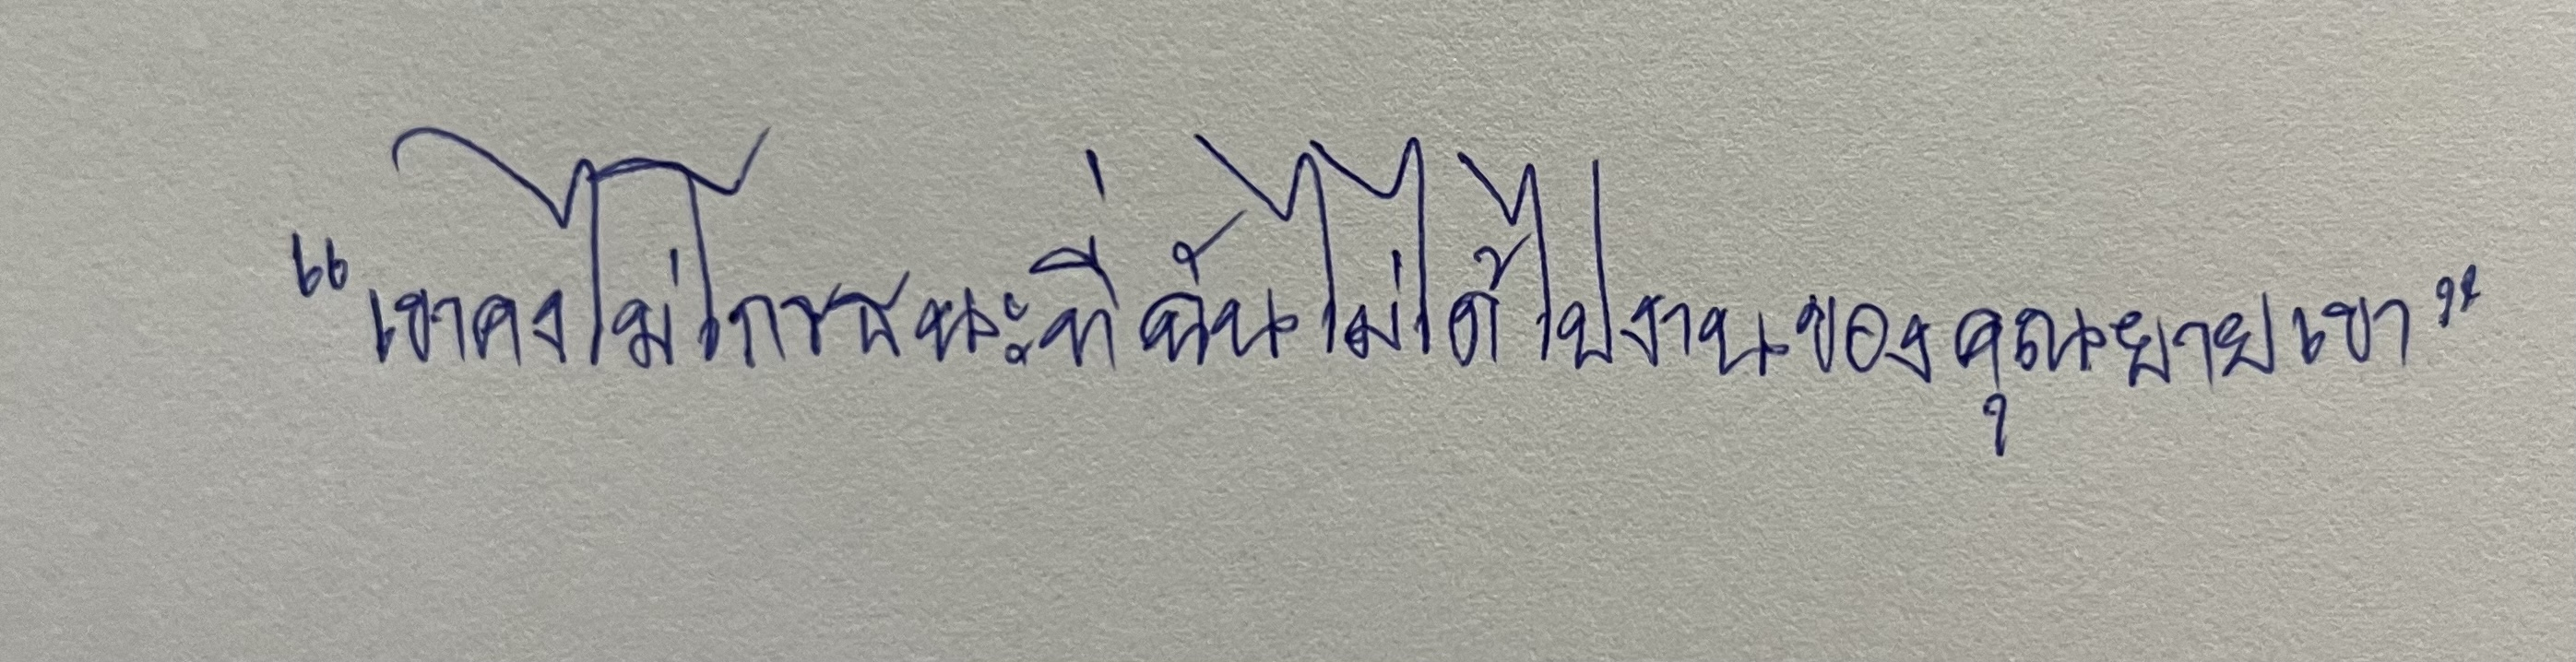
"เขาคงไม่โกรธนะที่ฉันไม่ได้ไปงานของคุณยายเขา"